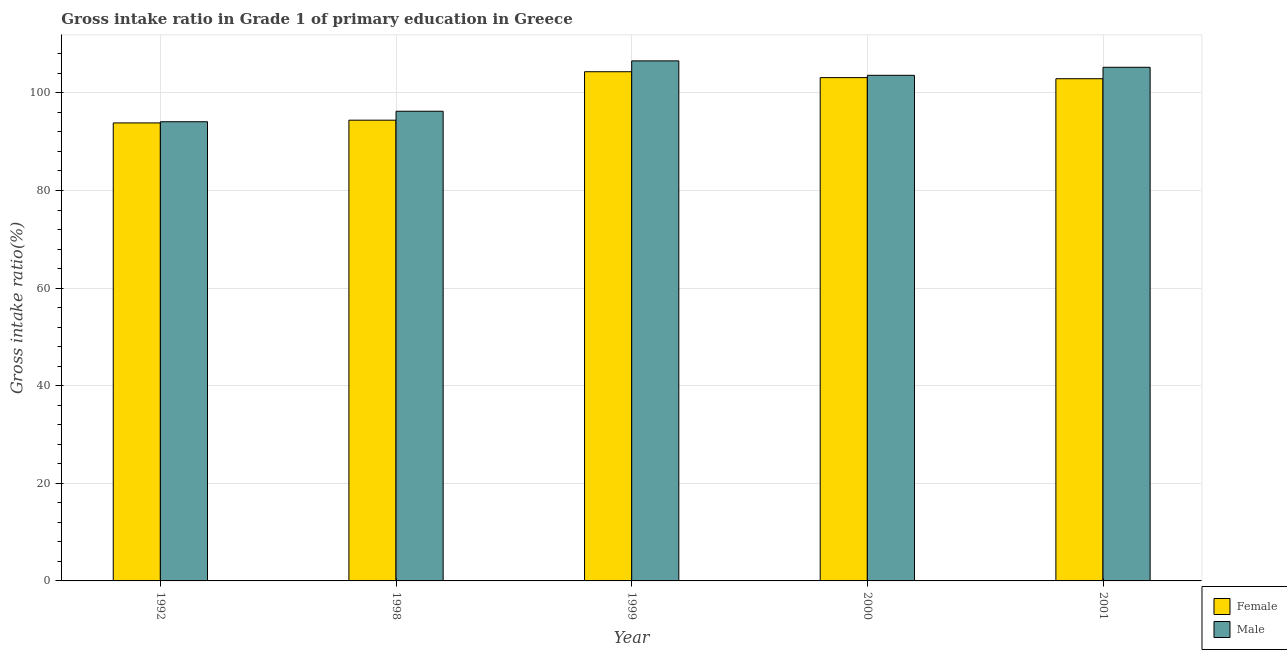
| Year | Female | Male |
 | --- | --- | --- |
 | 1992 | 93.8 | 94.1 |
 | 1998 | 94.4 | 96.2 |
 | 1999 | 104 | 107 |
 | 2000 | 103 | 104 |
 | 2001 | 103 | 105 |